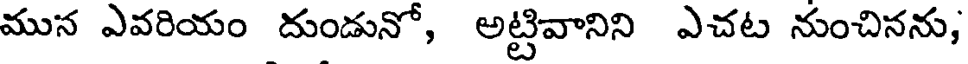
మున ఎవరియం దుండునో, అట్టివానిని ఎచట నుంచినను,